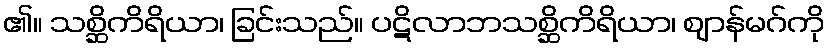
၏။ သစ္ဆိကိရိယာ၊ ခြင်းသည်။ ပဋိလာဘသစ္ဆိကိရိယာ၊ ဈာန်မဂ်ကို